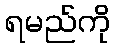
ရမည်ကို